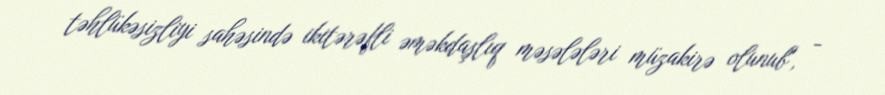
təhlükəsizliyi sahəsində ikitərəfli əməkdaşlıq məsələləri müzakirə olunub", -